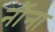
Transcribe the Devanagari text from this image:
नौंना